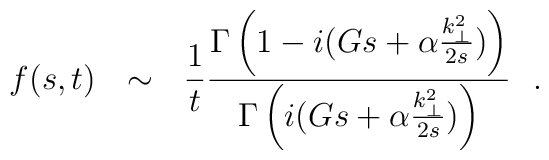
f(s,t)~~\sim~~{1 \over t} { {\Gamma \left(1 - i(Gs + \alpha {k_{\perp}^2\over 2s} ) \right )} \over {\Gamma \left(i (Gs + \alpha {k_{\perp}^2\over 2s}) \right ) } }~~.